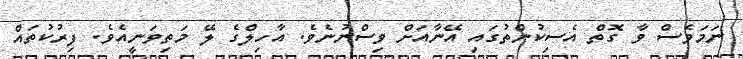
ނަމަވެސް ވާ ގޮތް އެސިކުންތުގައި އޭނާއަށް ވިސްނުނެވެ. އާހިލްގެ ލޭ މަތިވަނީއެވެ. ފިރުކުތައް